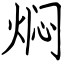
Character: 焖